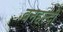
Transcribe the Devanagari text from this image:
वनहल्दी